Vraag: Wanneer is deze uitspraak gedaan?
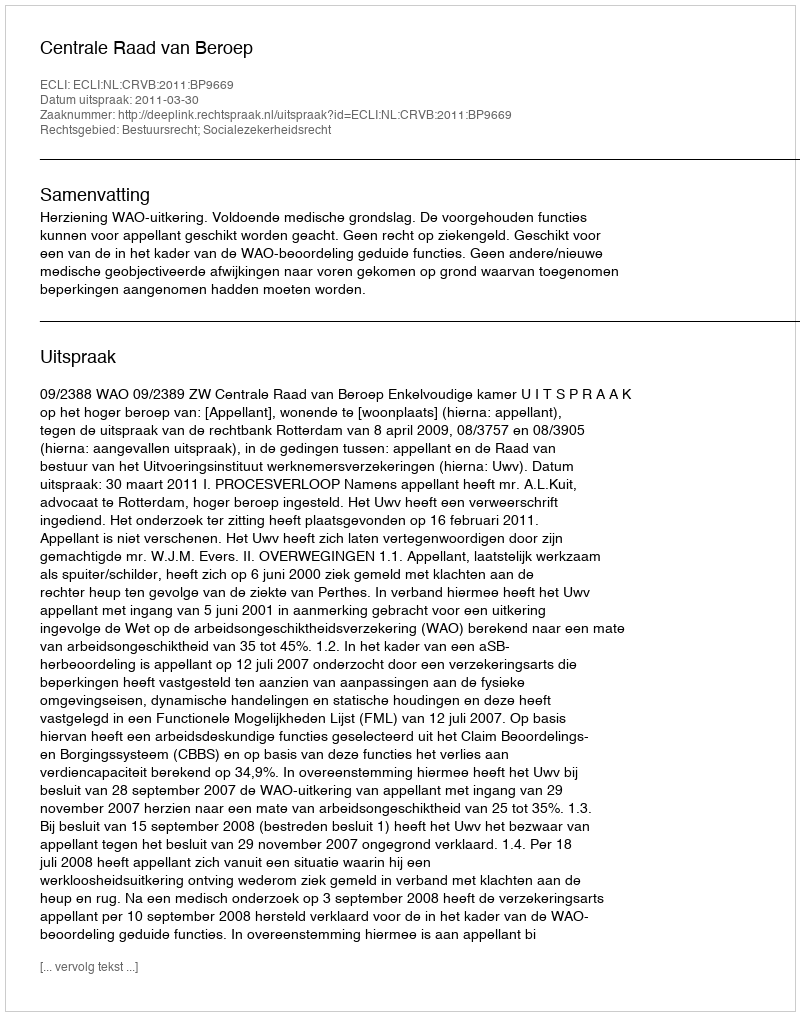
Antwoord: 2011-03-30